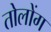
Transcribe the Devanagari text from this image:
तोलोंग